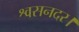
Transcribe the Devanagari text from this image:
श्वसनदर।